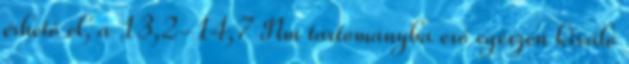
érhető el, a 13,2-14,7 Nm tartományba eső egészen kiváló